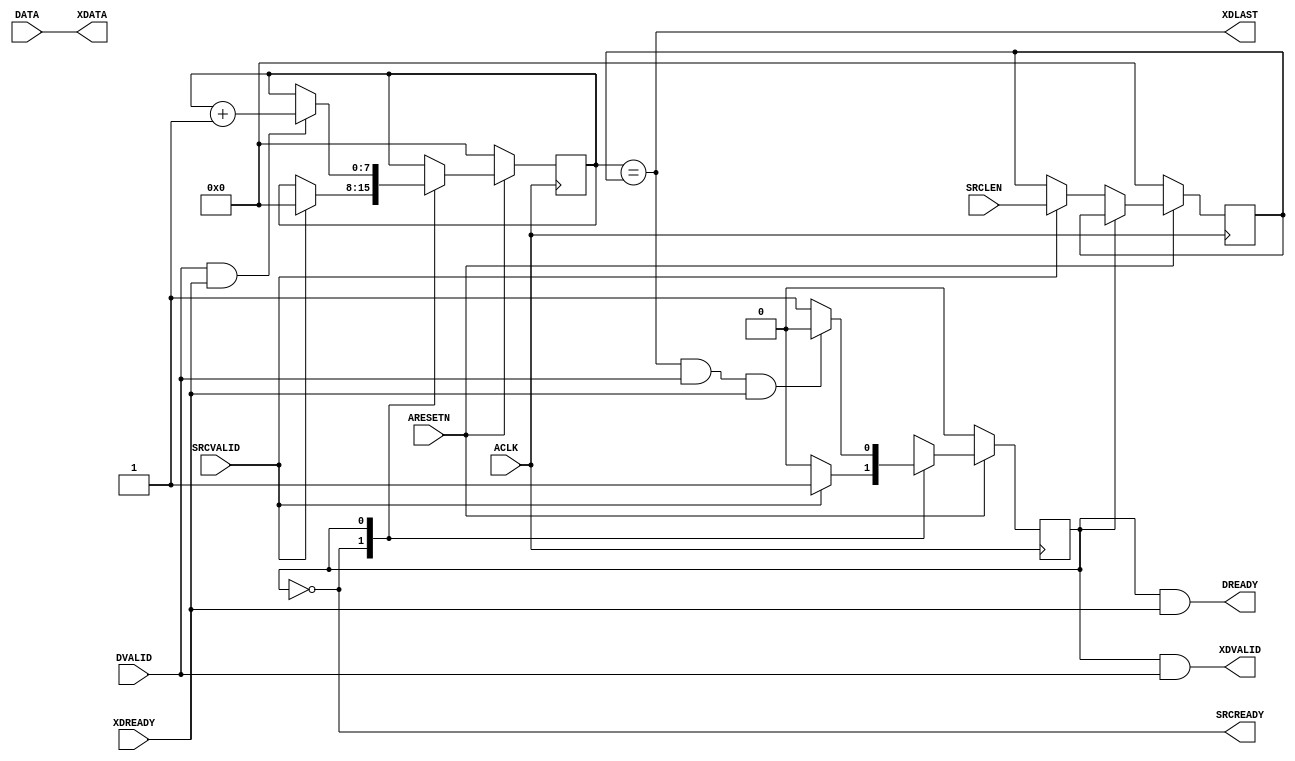
module AXI4DataDriver
#
(
    parameter AddressWidth      = 32    ,
    parameter DataWidth         = 32    ,
    parameter LengthWidth       = 8
)
(
    ACLK        ,
    ARESETN     ,
    SRCLEN      ,
    SRCVALID    ,
    SRCREADY    ,
    DATA        ,
    DVALID      ,
    DREADY      ,
    XDATA       ,
    XDVALID     ,
    XDREADY     ,
    XDLAST
);
    input                           ACLK        ;
    input                           ARESETN     ;
    input   [LengthWidth - 1:0]     SRCLEN      ;
    input                           SRCVALID    ;
    output                          SRCREADY    ;
    input   [DataWidth - 1:0]       DATA        ;
    input                           DVALID      ;
    output                          DREADY      ;
    output  [DataWidth - 1:0]       XDATA       ;
    output                          XDVALID     ;
    input                           XDREADY     ;
    output                          XDLAST      ;

    localparam  State_Idle          = 1'b0  ;
    localparam  State_Requesting    = 1'b1  ;
    reg         rCurState                   ;
    reg         rNextState                  ;
    
    reg [LengthWidth - 1:0]         rLength ;
    reg [LengthWidth - 1:0]         rCount  ;                      
    
    always @ (posedge ACLK)
        if (!ARESETN)
            rCurState <= State_Idle;
        else
            rCurState <= rNextState;

    always @ (*)
        case (rCurState)
        State_Idle:
            rNextState <= (SRCVALID)?State_Requesting:State_Idle;
        State_Requesting:
            rNextState <= (rCount == rLength && DVALID && XDREADY)?State_Idle:State_Requesting;
        endcase
    
    assign SRCREADY = (rCurState == State_Idle);
    
    always @ (posedge ACLK)
        if (!ARESETN)
            rLength <= {(LengthWidth){1'b0}};
        else
            case (rCurState)
            State_Idle:
                if (SRCVALID)
                    rLength <= SRCLEN;
            endcase
    
    always @ (posedge ACLK)
        if (!ARESETN)
            rCount <= {(LengthWidth){1'b0}};
        else
            case (rCurState)
            State_Idle:
                if (SRCVALID)
                    rCount <= {(LengthWidth){1'b0}};
            State_Requesting:
                if (DVALID && XDREADY)
                    rCount <= rCount + 1'b1;
            endcase
    
    assign XDATA   = DATA;
    assign XDVALID = (rCurState == State_Requesting) && DVALID  ;
    assign DREADY  = (rCurState == State_Requesting) && XDREADY ;
    assign XDLAST  = (rCount == rLength);
    
endmodule